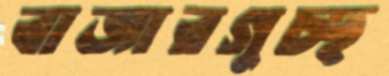
বাজারগুচ্ছ